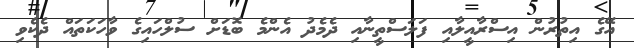
އޭގެ އިތުރުން އިސްރާއީލާއި ފަލަސްތީނާއި ދެމެދު އެންމެ ބޮޑަށް ސުލްހައިގެ ވާހަކަތައް ދެކެވި